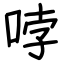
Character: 哱